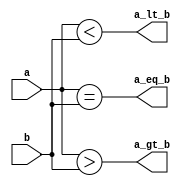
`timescale 1ns / 1ps
//////////////////////////////////////////////////////////////////////////////////
// Company:        Sun Yat-Sen Univ.
// 
// Design Name:    2-Input Comparator
// Module Name:    COMP_2BIT 
// Project Name:   Comparator_2IN
// Target Devices: Nexys3 (Spartan-6)
// Tool versions: 
// Description: 
//
// Dependencies: 
//
// Revision: 
// Revision 0.01 - File Created
// Additional Comments: 
//
//////////////////////////////////////////////////////////////////////////////////

module COMP_2BIT( input wire[1:0] b, 
                  input wire[1:0] a,
						output wire a_eq_b,
						output wire a_gt_b,
						output wire a_lt_b );

    assign a_eq_b = a == b;
	 assign a_gt_b = a > b;
	 assign a_lt_b = a < b;

endmodule